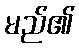
မည်၏